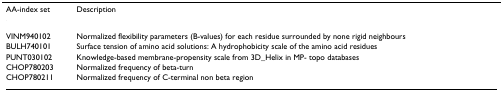
<table><thead><tr><td><b>AA-index set</b></td><td><b>Description</b></td></tr></thead><tbody><tr><td>VINM940102</td><td>Normalized flexibility parameters (B-values) for each residue surrounded by none rigid neighbours</td></tr><tr><td>BULH740101</td><td>Surface tension of amino acid solutions: A hydrophobicity scale of the amino acid residues</td></tr><tr><td>PUNT030102</td><td>Knowledge-based membrane-propensity scale from 3D_Helix in MP- topo databases</td></tr><tr><td>CHOP780203</td><td>Normalized frequency of beta-turn</td></tr><tr><td>CHOP780211</td><td>Normalized frequency of C-terminal non beta region</td></tr></tbody></table>